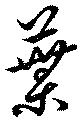
葉